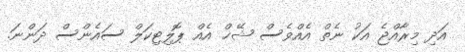
އަދި މިރާއްޖެ އަކު ނެތް އެއްވެސް ޝޭޚް އެއް ޕޮލިޓިކަލް ސައެންސް ދަންނަ.